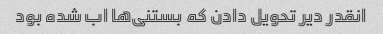
انقدر دیر تحویل دادن که بستنی‌ها اب شده بود